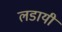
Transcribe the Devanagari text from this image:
लडायी